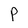
Character: P